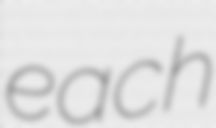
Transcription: each